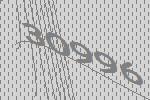
30996